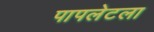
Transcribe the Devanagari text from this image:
पापलेटला